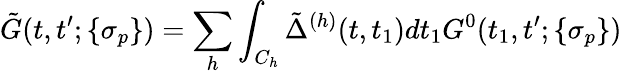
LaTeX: \tilde{G}(t,t^{\prime};\{ \sigma_{p}\} )=\sum_{h}\int_{C_{h}}\tilde{\Delta}^{(h)}(t,t_{1})dt_{1}G^{0}(t_{1},t^{\prime};\{ \sigma_{p}\} )